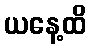
ယနေ့ထိ